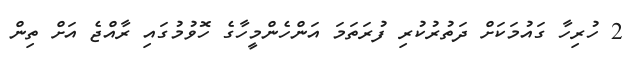
2 ހުރިހާ ގައުމަކަށް ދަތުރުކުރި ފުރަތަމަ އަންހެންމީހާގެ ހޮވުމުގައި ރާއްޖެ އަށް ތިން